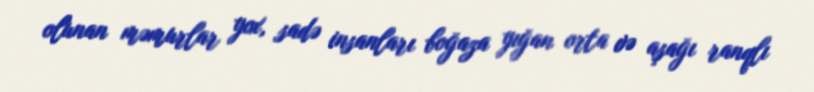
olunan məmurlar yox, sadə insanları boğaza yığan orta və aşağı ranqlı